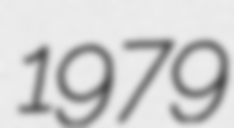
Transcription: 1979